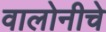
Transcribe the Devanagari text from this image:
वालोनीचे